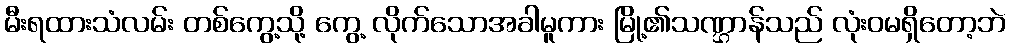
မီးရထားသံလမ်း တစ်ကွေ့သို့ ကွေ့ လိုက်သောအခါမူကား မြို့၏သဏ္ဌာန်သည် လုံးဝမရှိတော့ဘဲ